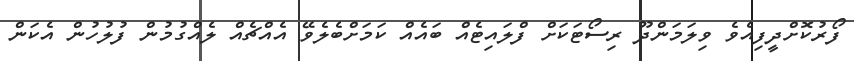
ފޯރުކޮށްދީފިއެވެ ވިލަމަންދޫ ރިސޯޓަކަށް ފްލައިޓެއް ބައެއް ކަމަށްބެލެވޭ އެއްޗެއް ލެއްގުމުން ފުލުހުން އެކަން